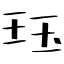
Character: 珏